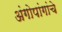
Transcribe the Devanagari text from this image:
अंगोपांगांचे